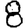
Digit: 8